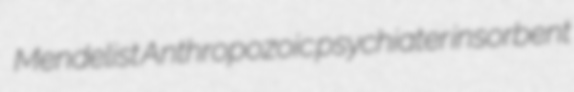
Mendelist Anthropozoic psychiater insorbent